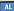
al